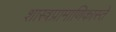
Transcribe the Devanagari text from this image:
शास्त्रप्रामाणिकास्ते